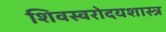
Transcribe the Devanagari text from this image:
शिवस्वरोदयशास्त्र